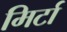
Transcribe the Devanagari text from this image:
मिर्टा